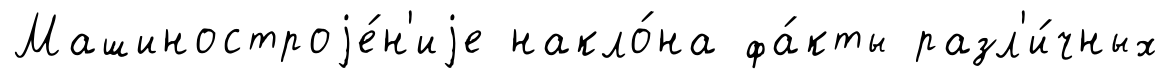
Машиностроjе́н'иjе накло́на фа́кты разл'и́чных